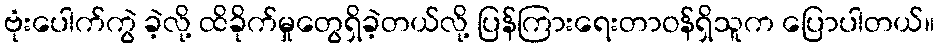
ဗုံးပေါက်ကွဲ ခဲ့လို့ ထိခိုက်မှုတွေရှိခဲ့တယ်လို့ ပြန်ကြားရေးတာဝန်ရှိသူက ပြောပါတယ်။